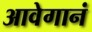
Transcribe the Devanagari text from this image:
आवेगानं